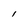
Character: l